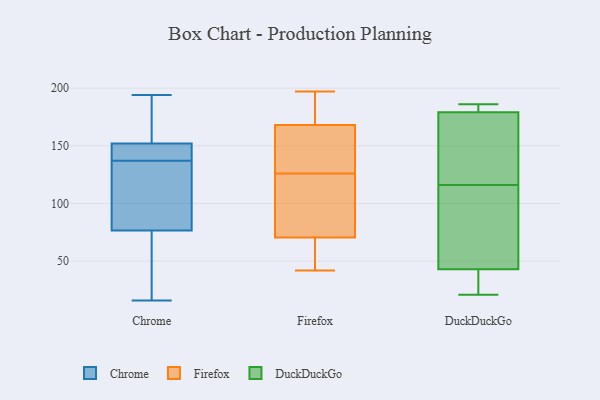
{"axis": {"x": "Website Visitors", "y": "Value"}, "legend": ["Chrome", "DuckDuckGo", "Firefox"], "data": [{"x": "", "y": 194, "type": "Chrome"}, {"x": "", "y": 191, "type": "Chrome"}, {"x": "", "y": 151, "type": "Chrome"}, {"x": "", "y": 137, "type": "Chrome"}, {"x": "", "y": 140, "type": "Chrome"}, {"x": "", "y": 189, "type": "Chrome"}, {"x": "", "y": 114, "type": "Chrome"}, {"x": "", "y": 96, "type": "Chrome"}, {"x": "", "y": 152, "type": "Chrome"}, {"x": "", "y": 16, "type": "Chrome"}, {"x": "", "y": 152, "type": "Chrome"}, {"x": "", "y": 20, "type": "Chrome"}, {"x": "", "y": 18, "type": "Chrome"}, {"x": "", "y": 128, "type": "Chrome"}, {"x": "", "y": 70, "type": "Chrome"}, {"x": "", "y": 47, "type": "Firefox"}, {"x": "", "y": 197, "type": "Firefox"}, {"x": "", "y": 128, "type": "Firefox"}, {"x": "", "y": 180, "type": "Firefox"}, {"x": "", "y": 124, "type": "Firefox"}, {"x": "", "y": 72, "type": "Firefox"}, {"x": "", "y": 123, "type": "Firefox"}, {"x": "", "y": 62, "type": "Firefox"}, {"x": "", "y": 159, "type": "Firefox"}, {"x": "", "y": 145, "type": "Firefox"}, {"x": "", "y": 130, "type": "Firefox"}, {"x": "", "y": 148, "type": "Firefox"}, {"x": "", "y": 66, "type": "Firefox"}, {"x": "", "y": 119, "type": "Firefox"}, {"x": "", "y": 192, "type": "Firefox"}, {"x": "", "y": 177, "type": "Firefox"}, {"x": "", "y": 69, "type": "Firefox"}, {"x": "", "y": 191, "type": "Firefox"}, {"x": "", "y": 42, "type": "Firefox"}, {"x": "", "y": 102, "type": "Firefox"}, {"x": "", "y": 43, "type": "DuckDuckGo"}, {"x": "", "y": 24, "type": "DuckDuckGo"}, {"x": "", "y": 185, "type": "DuckDuckGo"}, {"x": "", "y": 103, "type": "DuckDuckGo"}, {"x": "", "y": 179, "type": "DuckDuckGo"}, {"x": "", "y": 176, "type": "DuckDuckGo"}, {"x": "", "y": 186, "type": "DuckDuckGo"}, {"x": "", "y": 21, "type": "DuckDuckGo"}, {"x": "", "y": 129, "type": "DuckDuckGo"}, {"x": "", "y": 69, "type": "DuckDuckGo"}]}